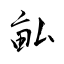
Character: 畆